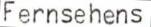
Fernsehens